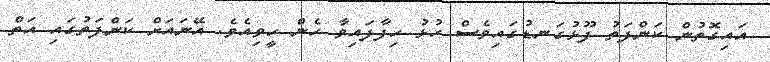
އައިގޮތުން ކަންފަތު ފޫޅުގަނޑުގައިވެސް ހުޅު ހިފާފައިވާ ހެން ހީވިއެވެ. އޭނައަށް ކަންފަތުގައި އަތް